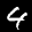
Label: 4